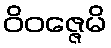
ဝိဝဇ္ဇေမိ